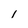
Character: I